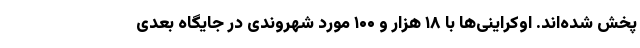
پخش شده‌اند. اوکراینی‌ها با ۱۸ هزار و ۱۰۰ مورد شهروندی در جایگاه بعدی